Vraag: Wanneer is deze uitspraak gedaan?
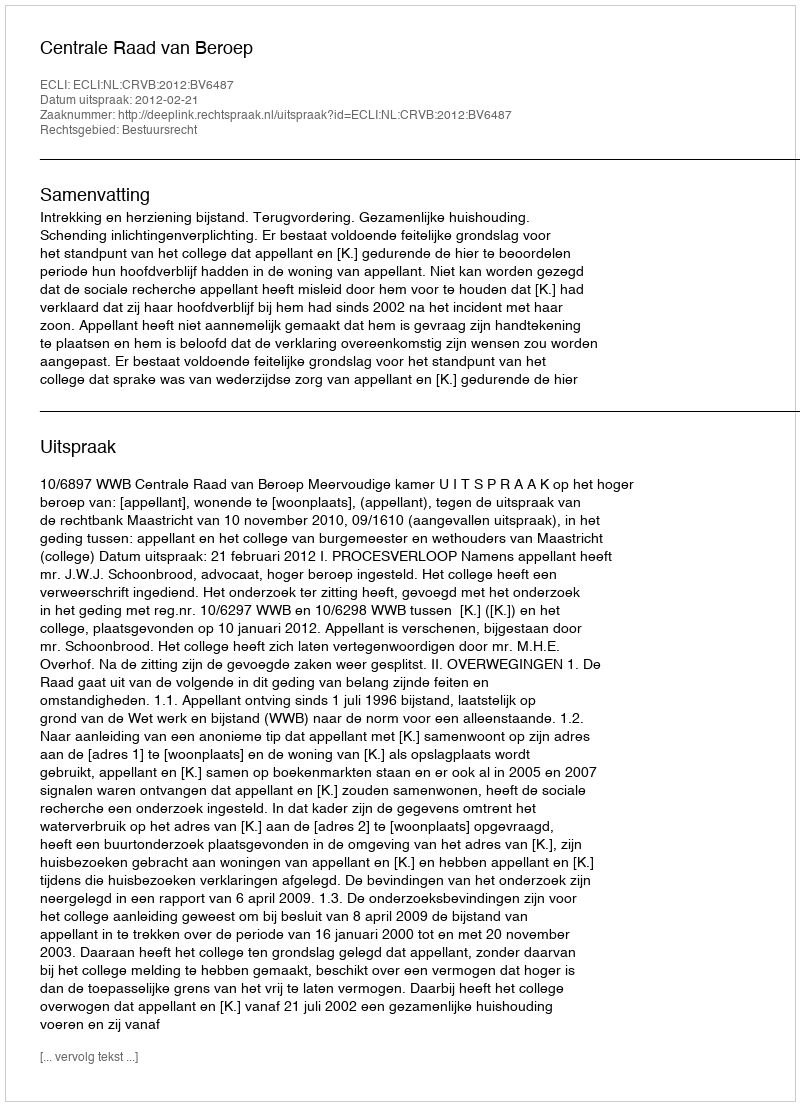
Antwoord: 2012-02-21